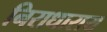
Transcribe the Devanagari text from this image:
निराधाराय